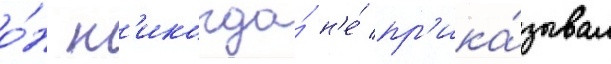
о́н н'икогда́ н'е́ пр'ика́зывал